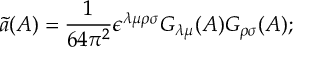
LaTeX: \tilde { a } ( { \cal A } ) = \frac { 1 } { 6 4 \pi ^ { 2 } } \epsilon ^ { \lambda \mu \rho \sigma } G _ { \lambda \mu } ( { \cal A } ) G _ { \rho \sigma } ( { \cal A } ) ;